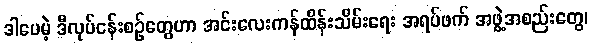
ဒါပေမဲ့ ဒီလုပ်ငန်းစဉ်တွေဟာ အင်းလေးကန်ထိန်းသိမ်းရေး အရပ်ဖက် အဖွဲ့အစည်းတွေ၊